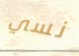
نسي